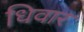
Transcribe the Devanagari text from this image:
धिवार